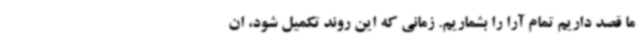
ما قصد داریم تمام آرا را بشماریم. زمانی که این روند تکمیل شود، ان